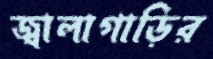
জ্বালাগাড়ির